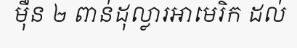
ម៉ឺន ២ ពាន់ដុល្លារអាមេរិក ដល់